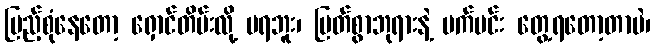
ပြည့်စုံနေတော့ ရှောင်တိမ်းလို့ မရဘူး၊ မြတ်စွာဘုရားနဲ့ ပက်ပင်း တွေ့ရတော့တာပဲ၊